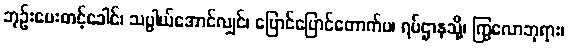
ဘုဉ်းပေးတင့်ခေါင်၊ သပ္ပါယ်အောင်လျှင်၊ ပြောင်ပြောင်တောက်ပ၊ ရပ်ဌာနသို့၊ ကြွလောဘုရား၊